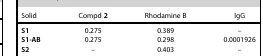
<table><thead><tr><td><b>Solid</b></td><td><b>Compd 2</b></td><td><b>Rhodamine B</b></td><td><b>IgG</b></td></tr></thead><tbody><tr><td><b>S1</b></td><td>0.275</td><td>0.389</td><td>–</td></tr><tr><td><b>S1-AB</b></td><td>0.275</td><td>0.298</td><td>0.0001926</td></tr><tr><td><b>S2</b></td><td>–</td><td>0.403</td><td>–</td></tr></tbody></table>